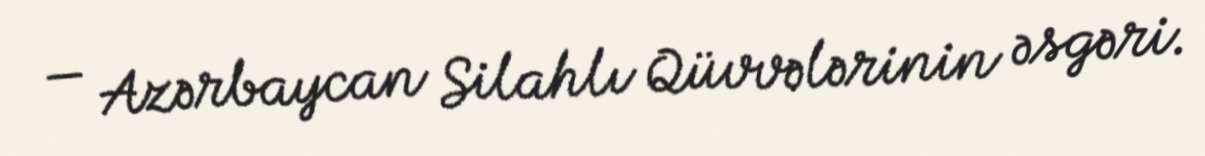
— Azərbaycan Silahlı Qüvvələrinin əsgəri.